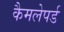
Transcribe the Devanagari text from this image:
कैमलेपर्ड